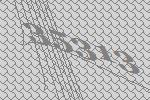
35313